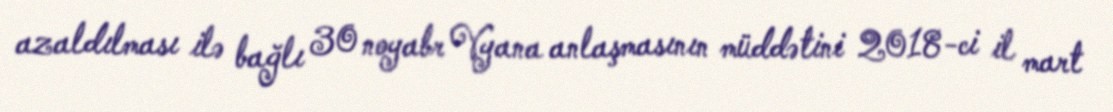
azaldılması ilə bağlı 30 noyabr Vyana anlaşmasının müddətini 2018-ci il mart